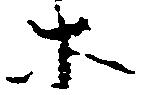
等